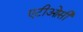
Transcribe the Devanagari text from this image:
एटीओसी